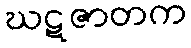
ဃဋဇာတက